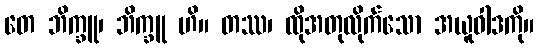
တေ ဘိက္ခူ၊ ဘိက္ခူ ဟိ။ တဿ၊ ထိုအတုလိုက်သော အယူဝါဒကို။